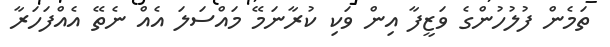
ތަމެން ފުލުހުންގެ ވަޒީފާ އިން ވަކި ކުރާނަމޭ މައްސަލަ އެއް ނެތޭ އެއްފަހަރާ